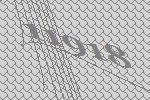
11918